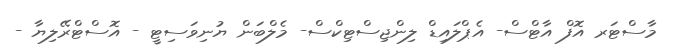
މާސްޓަރ އޮފް އާޓްސް- އެޕްލައިޑް ލިންޖިސްޓިކްސް- މެލްބަން ޔުނިވަސިޓީ - އޮސްޓްރޭލިޔާ -